Medical and sanitary report of the native army of Madras for the year
Year: 1877
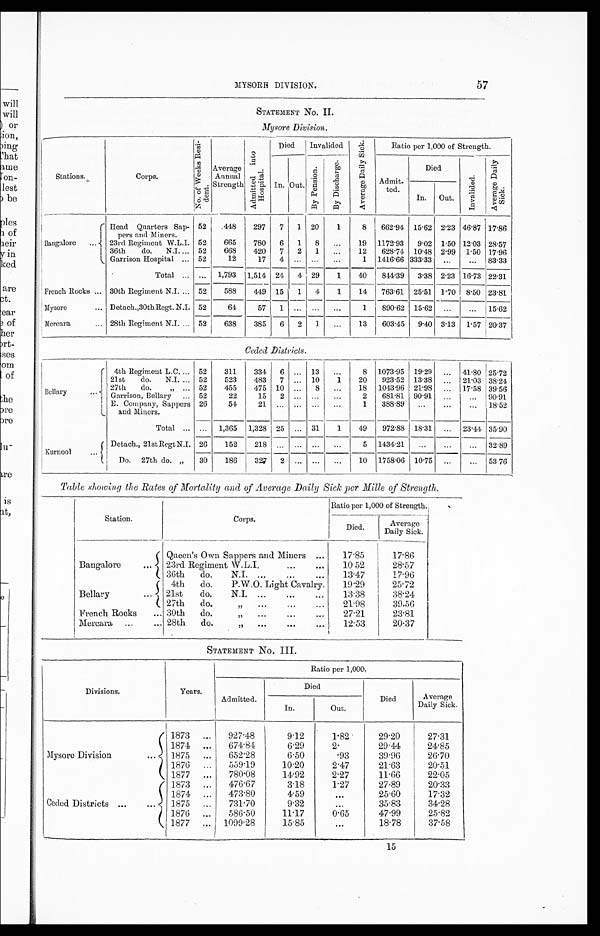
MYSORE DIVISION.
57
STATEMENT No. II.
Mysore Division.
Stations.
Corps.
No . o f We e k s R e s i - d e n t
Average
Annual
Strength s
A d m i t t e d i n t o H o s p i t a l .
Died
Invalided
A v e r a g e D a i l y S i c k .
Ratio per 1,000 of Strength.
In.
Out.
B y P e n s i o n .
B y D i s c h a r g e .
Admit.
ted.
Died
I n v a l i d e d .
A v e r a g e D a i l y S i c k .
In.
Out.
Bangalore
Head Quarters Sap-
pers and Miners.
52
448
297
7
1 20
1
8
662.94 15.62 2.23 46.87 17.86
23rd Regiment W.L.I. 52
665
780
6
1
8
. . .
19 1172.93
9.02 1.50 12.03 28.57
36th
do.
N.I. 52
668
420
7
2
1
. . .
12
628.74 10.48 2.99 1.50 17.96
Garrison Hospital
52
12
17
4 ... ... ...
1 1416.66 333.33
. . .
. . . 83.33
Total
... 1,793 1,514 24
4 29
1
40
844.39
3.38 2.23 16.73 22.31
French Rocks
30th Regiment N.I.
52
588
449 15 1 4
1
14 763.61 25.51 1.70 8.50 23.81
Mysore
Detach.,30thRegt. N.I. 52
64
57
1 ... ...
. . .
1
890.62 15.62
. . .
. . . 15.62
Mercara
28th Regiment N.J.
52
638
385
6
2
1
. . .
13
603.45
9.40 3.13 1.57 20.37
Ceded Districts.
Bellary
4th Regiment L.C.
52
311
334
6
. . .
13
. . .
8 1073.95 19.29
. . . 41.80
25.72
21st
do.
N.I.
52
523
483
7
. . . 10
1
20
923.52 13.38
. . . 21.03 38. 24
27th
do.
52
455
475 10 ...
8
. . .
18 1043.96 21.98
. . . 17.58 39.56
Garrison, Bellary
52
22
15
2 ... ... ...
2
681.81 90.91
. . .
. . . 90.91
E. Company, Sappers
and Miners.
26
54
21 ... ... ... ...
1
388.89
. . .
. . .
... 18.52
Total
...
1,365 1,328 25
. . . 31
1
49
972.88 18.31
. . . 23.44 35.90
Kurnool
Detach., 21st Regt NJ. 26
152
218 ... ...
...
. . .
5 1434.21 ...
. . . ... 32.89
Do. 27th do.
30
186
327 2 ...
...
...
10 1758.06 10.75
. . .
. . . 53.76
Table showing the Rates of Mortality and of Average Daily Sick per Mille of Strength.
Station.
Corps.
Ratio per 1,000 of Strength.,
Died.
Average
Daily Sick.
Bangalore
Queen's Own Sappers and Miners
17.85
17.86
23rd Regiment W.L.I.
10.52
28.57
36th do.
N.I.
13.47
17.96
Bellary
4th do.
P.W.O. Light Cavalry.
19.29
25.72
21st
do.
N.I.
13.38
38.24
27th do.
21.98
39.56
French Rocks
30th do.
27.21
23.81
Mercara
28th do.
12.53
20.37
STATEMENT No. III.
Divisions.
Years.
Ratio per 1,000.
Admitted.
Died
Died
Average
Daily Sick.
In.
Out.
Mysore Division
1873
927.48
9.12
1.82
29.20
27.31
1874
674.84
6.29
2.
29.44
24.85
1875
652.28
6.50
.93
39.96
26.70
1876
559.19
10.20
2.47
21.63
20.51
1877
780.08
14.92
2.27
11.66
22.05
Ceded Districts
1873
476.67
3.18
1.27
27.89
20.33
1874
473.80
4.59
. . .
25.60
17.32
1875
731.70
9.32 ...
35.83
34.28
1876
586.50
11.17
0.65
47.99
25.82
1877
1099.28
15.8
. . .
18.78
37.58
15